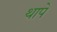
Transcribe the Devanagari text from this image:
थापे